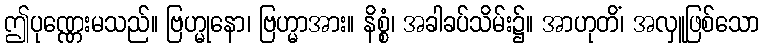
ဤပုဏ္ဏေးမသည်။ ဗြဟ္မုနော၊ ဗြဟ္မာအား။ နိစ္စံ၊ အခါခပ်သိမ်း၌။ အာဟုတိံ၊ အလှူဖြစ်သော